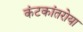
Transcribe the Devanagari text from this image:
कंटकांतरोया